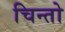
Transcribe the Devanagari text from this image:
चिन्तो